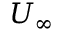
U _ { \infty }